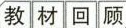
教材回顾